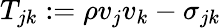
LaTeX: T_{jk}:=\rho v_{j}v_{k}-\sigma_{jk}